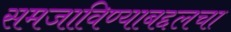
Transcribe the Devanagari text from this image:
समजाविण्याबद्दलचा